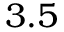
3 . 5